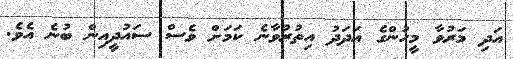
އަދި މަރުވާ މީހުންގެ އަދަދު އިތުރުވާނެ ކަމަށް ވެސް ސައުދީއިން ބުނެ އެވެ.